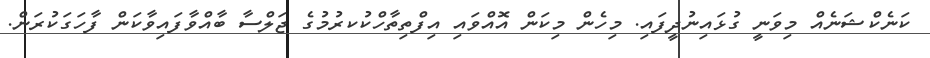
ކަނެކްޝަނެއް މިވަނީ ގުޅައިނުދީފައި. މިހެން މިކަން އޮއްވައި އިފްތިތާހްކުކރުމުގެ ޖަލްސާ ބާއްވާފައިވާކަން ފާހަގަކުރަން.